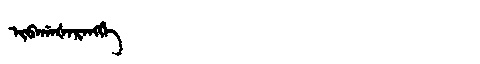
Manchu: ᡳᠪᠠᡤᠠᡧᠠᡵᠠᠩᡤᡝ
Romanization: IBAGAŠARANGGE